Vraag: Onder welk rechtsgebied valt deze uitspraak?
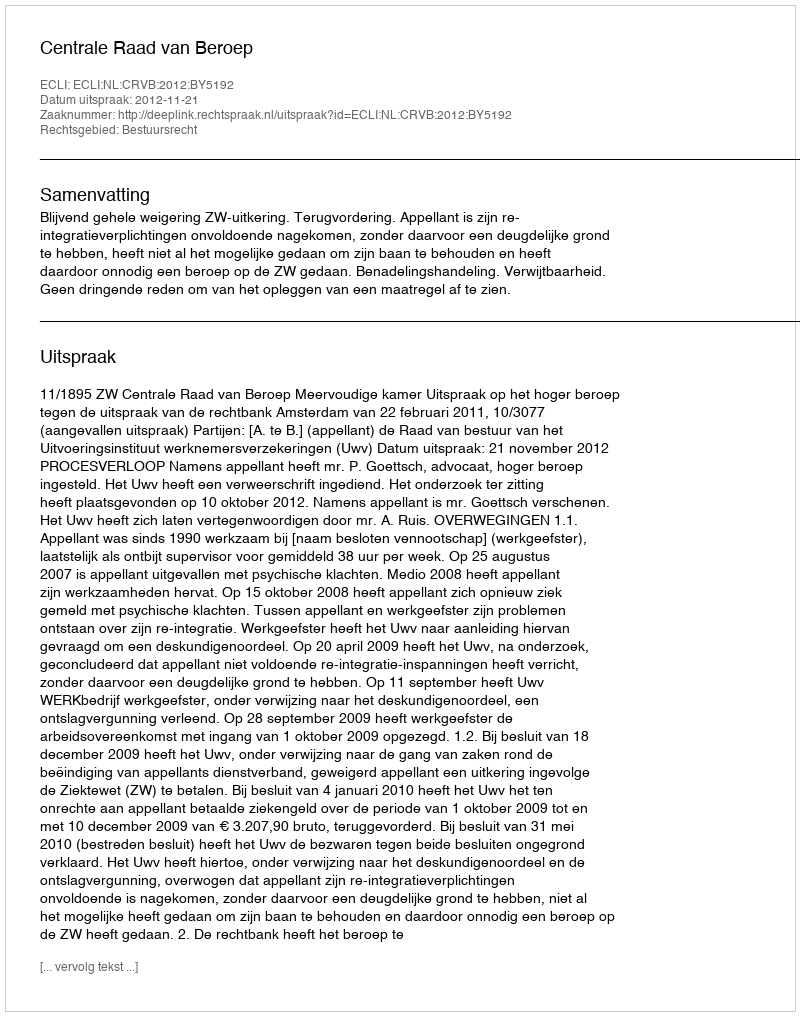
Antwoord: Bestuursrecht